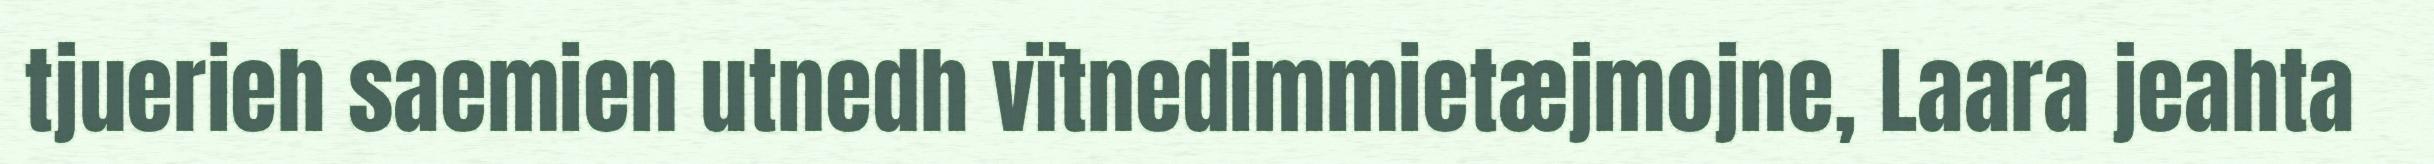
tjuerieh saemien utnedh vïtnedimmietæjmojne, Laara jeahta